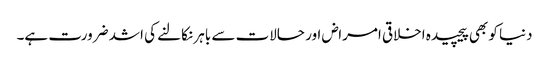
دنیا کو بھی پیچیدہ اخلاقی امراض اور حالات سے باہر نکالنے کی اشد ضرورت ہے۔